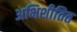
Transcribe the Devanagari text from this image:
अभिशीतित